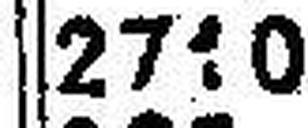
2710